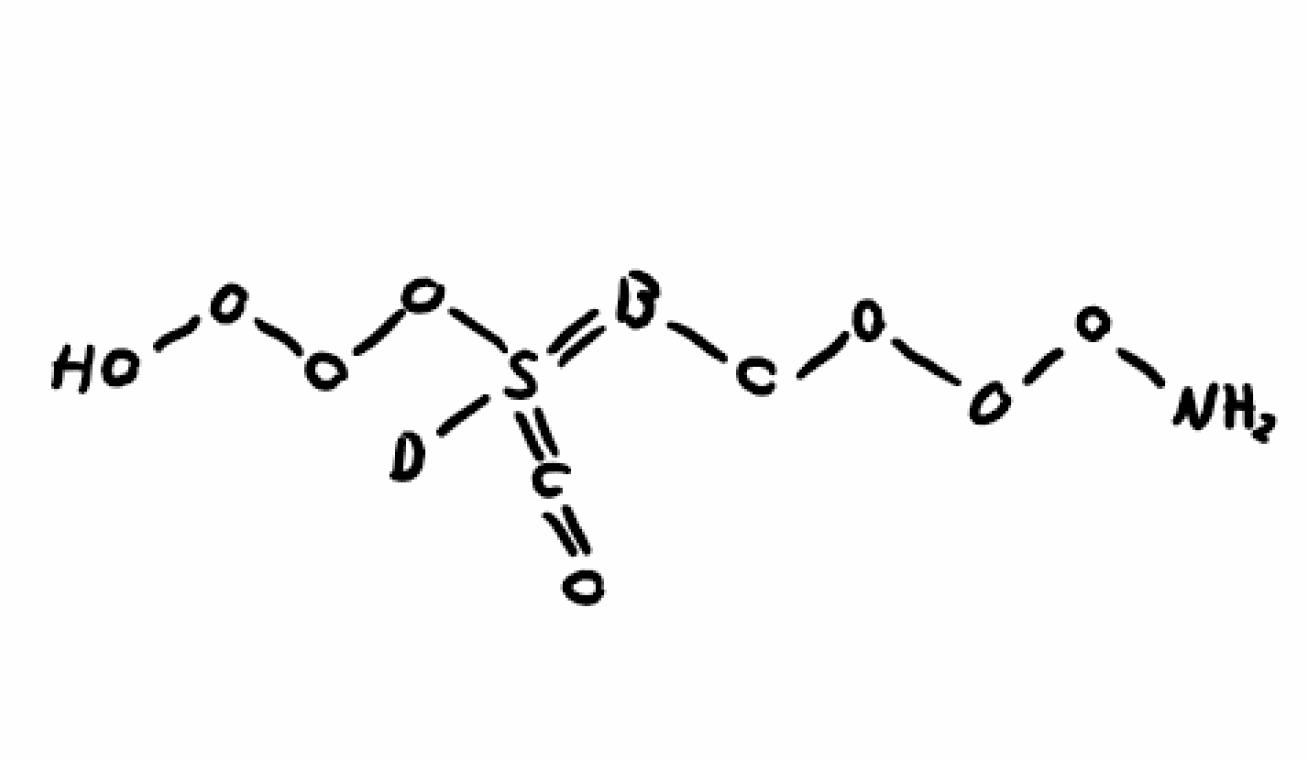
Simplified molecular-input line-entry system (SMILES) notation of the given molecule:
[2H]S(=BOOOON)(=C=O)OOOO